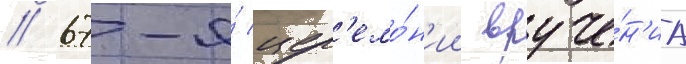
// 67-я́ цер'емо́н'ии вруче́н'иа